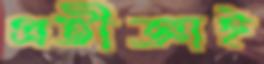
প্রতীজ্ঞাই